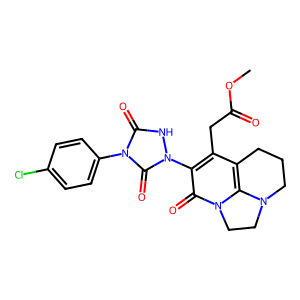
SMILES: COC(=O)Cc1c2c3n(c(=O)c1-n1[nH]c(=O)n(-c4ccc(Cl)cc4)c1=O)CCN3CCC2
Inhibits HIV replication: No